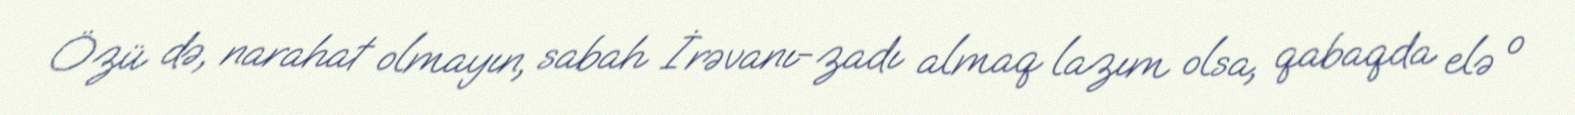
Özü də, narahat olmayın, sabah İrəvanı-zadı almaq lazım olsa, qabaqda elə o